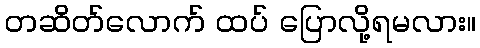
တဆိတ်လောက် ထပ် ပြောလို့ရမလား။